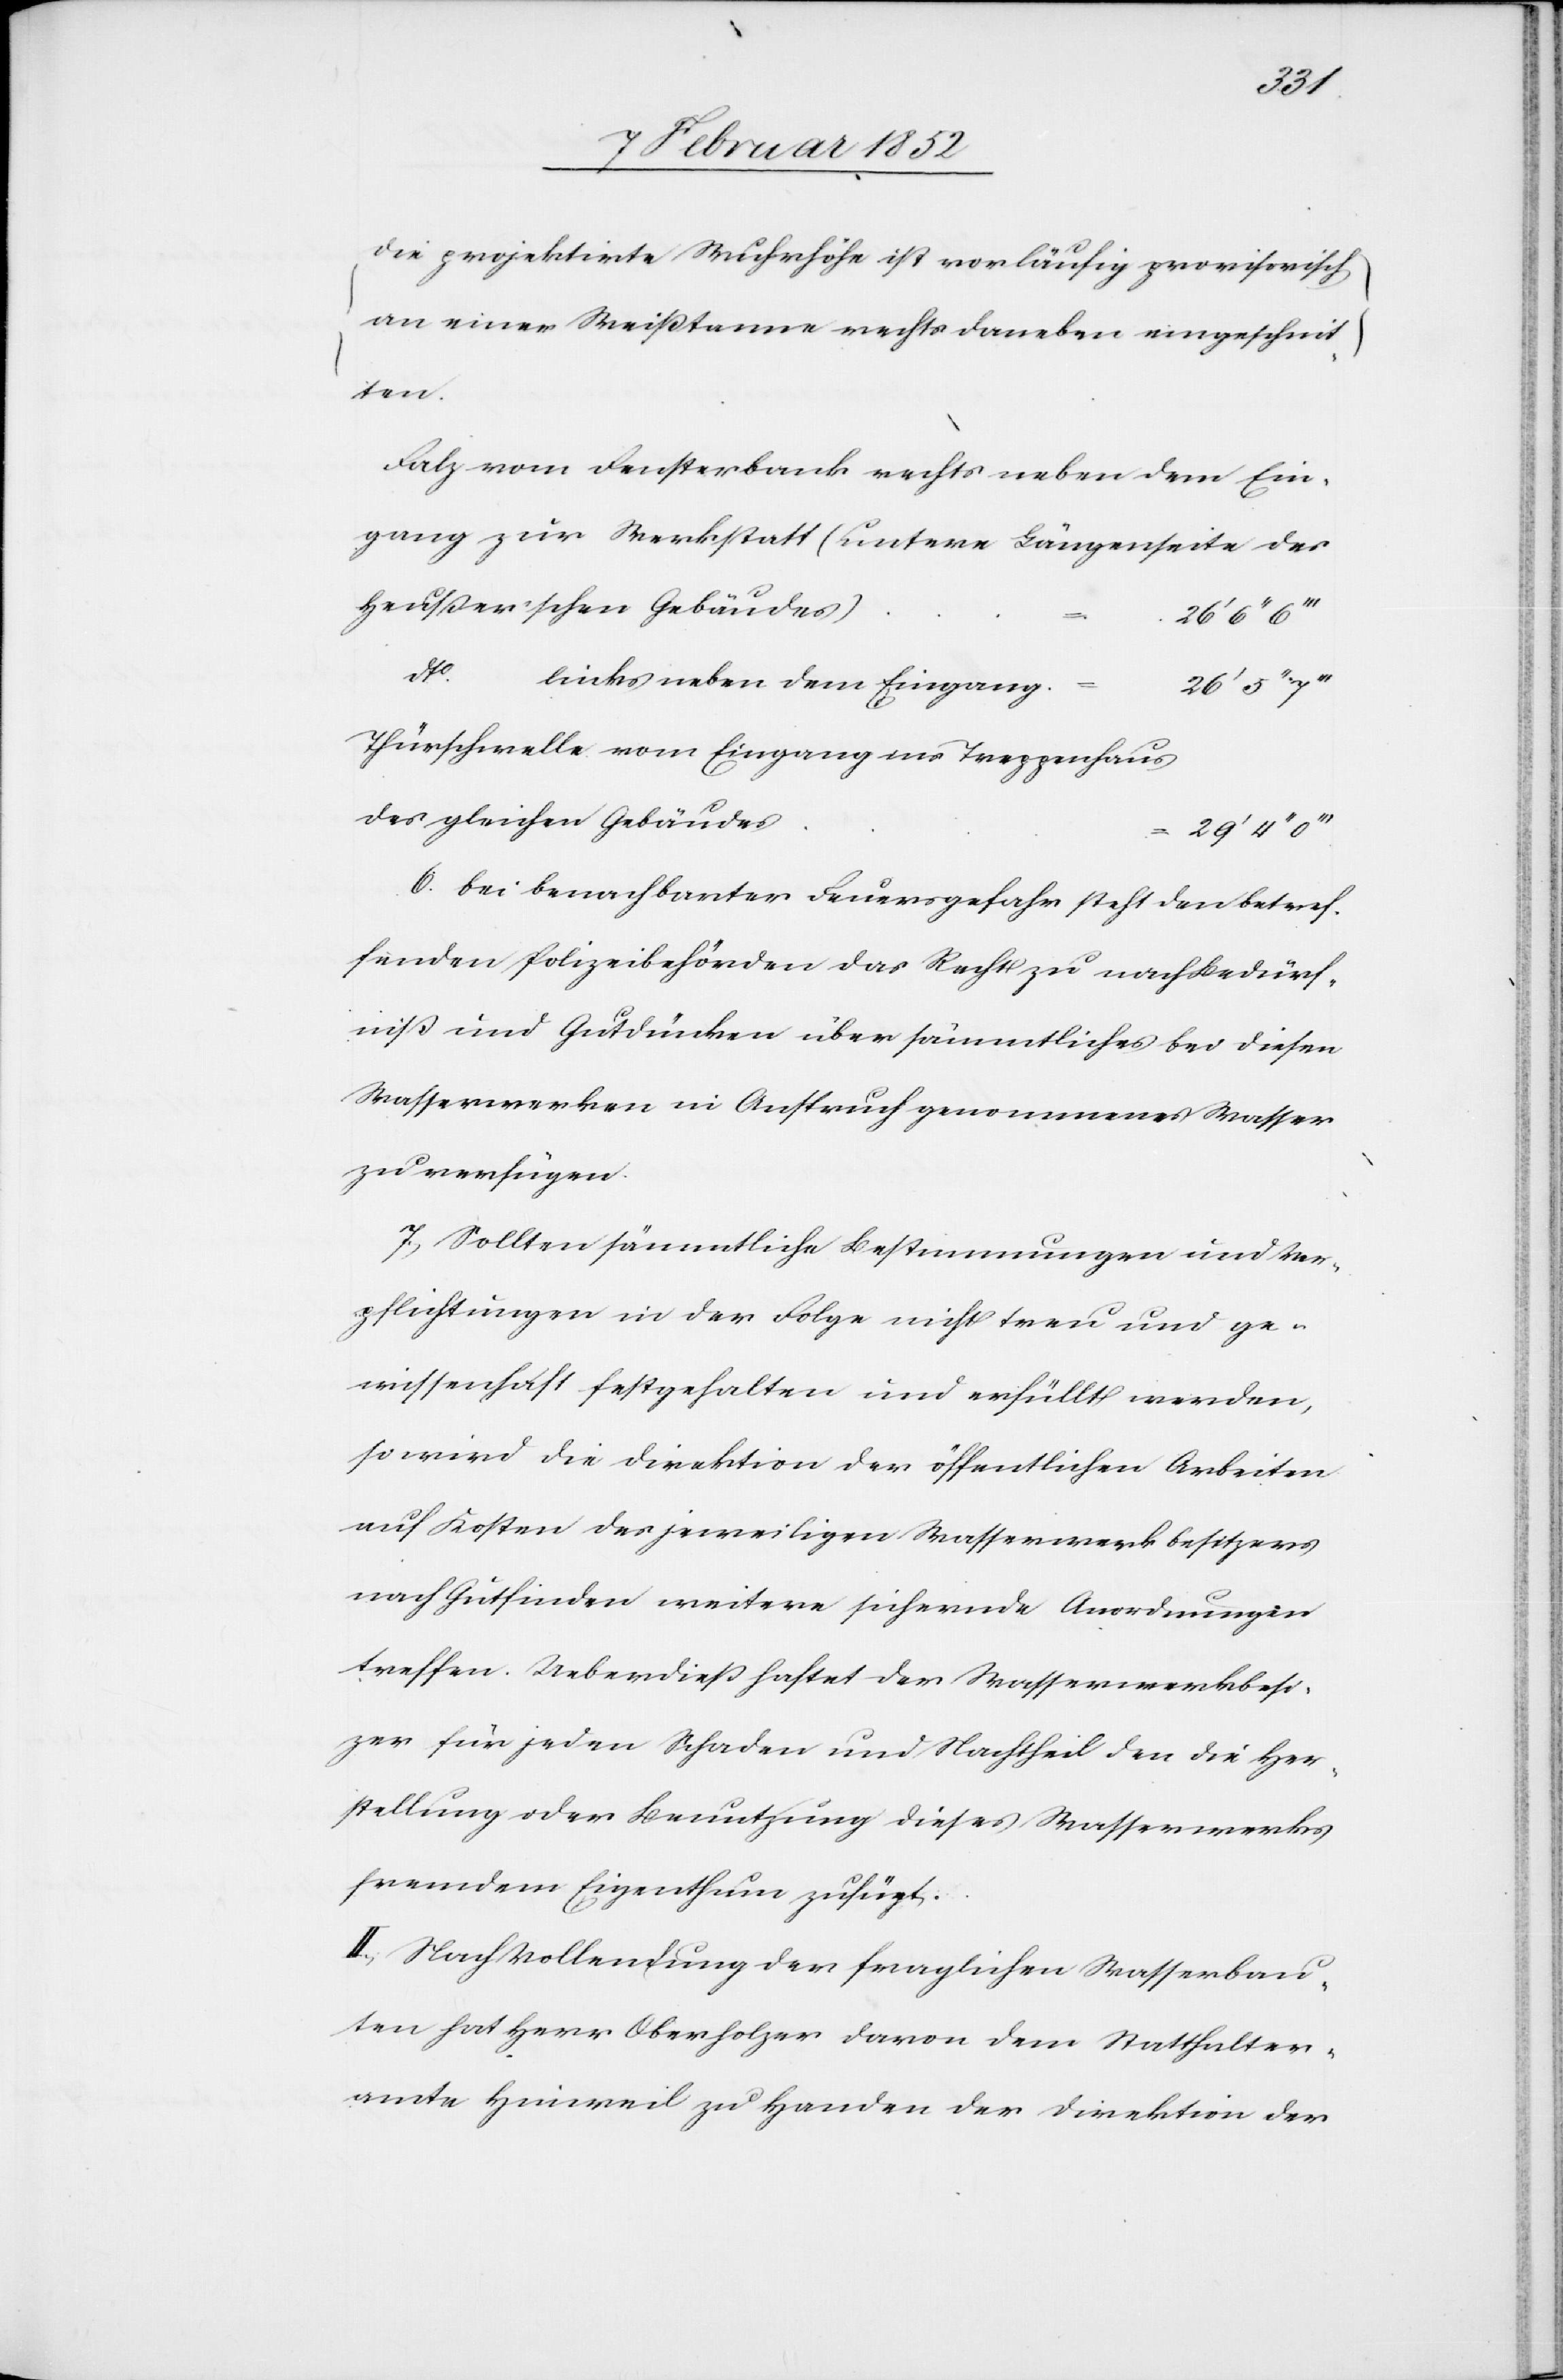
(die projektirte Wuhrhöhe ist vorläufig provisorisch
an einer Weißtanne rechts daneben eingeschnit¬
ten.)
Falz vom Fensterbank rechts neben dem Ein¬
gang zur Werkstatt (untere Längenseite des
Heußersch’schen Gebäudes)
26’ 5’’
dto.
links neben dem Eingang
Thürschwelle vom Eingang ins Treppenhaus
des gleichen Gebäudes
29’ 4’’
6. Bei benachbarter Feuersgefahr steht den betref¬
fenden Polizeibehörden das Recht zu nach Bedürf¬
niß und Gutdünken über sämmtliches bei diesen
Wasserwerken in Anspruch genommenes Wasser
zu verfügen.
7.) Sollten sämmtliche Bestimmungen und Ver¬
pflichtungen in der Folge nicht treu und ge¬
wissenhaft festgehalten und erfüllt werden,
so wird die Direktion der öffentlichen Arbeiten
auf Kosten des jeweiligen Wasserwerkbesitzers
nach Gutfinden weitere sichernde Anordnungen
treffen. Ueberdieß haftet der Wasserwerksbesit¬
zer für jeden Schaden und Nachtheil den die Her¬
stellung oder Benutzung dieses Wasserwerks
fremdem Eigenthum zufügt.
II.) Nach Vollendung der fraglichen Wasserbau¬
ten hat Herr Oberholzer davon dem Statthalter¬
amte Hinweil zu Handen der Direktion der